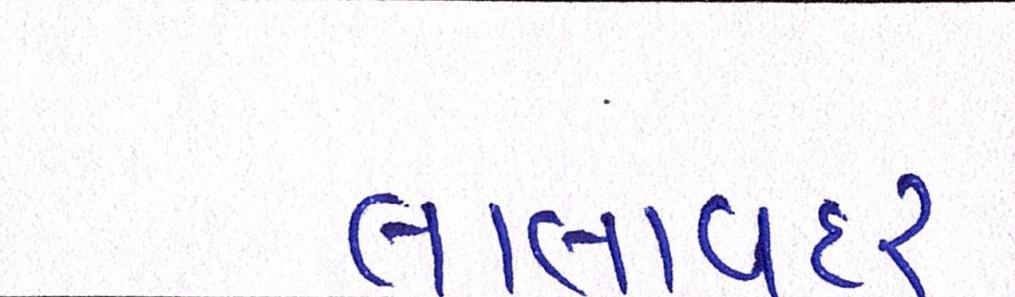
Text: લાલાવદર